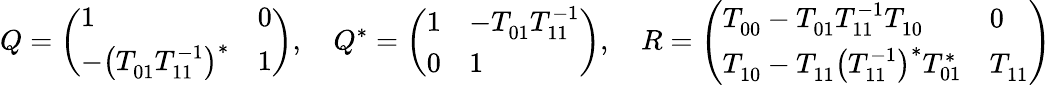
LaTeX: Q=\left(\begin{array}{ll}{1}&{0}\\ {-\bigl(T_{01}^{\phantom{1}}T_{11}^{-1}\bigr)^{*}}&{1}\end{array}\right),\quad Q^{*}=\left(\begin{array}{ll}{1}&{-T_{01}^{\phantom{1}}T_{11}^{-1}}\\ {0}&{1}\end{array}\right),\quad R=\left(\begin{array}{ll}{T_{00}^{\phantom{1}}-T_{01}^{\phantom{1}}T_{11}^{-1}T_{10}^{\phantom{1}}}&{0}\\ {T_{10}^{\phantom{1}}-T_{11}^{\phantom{1}}\bigl(T_{11}^{-1}\bigr)^{*}T_{01}^{*}}&{T_{11}^{\phantom{1}}}\end{array}\right)